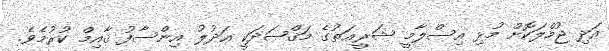
އަދި ޖުމްލަކޮށް މުޅި އިސްލާމީ ޝަރީޢަތުގެ މަޤްޞަދަކީ ޢަދުލު އިންސާފު ޤާއިމް ކުރުމެވެ.